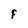
Character: F